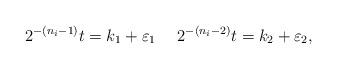
LaTeX: \begin{align*} 2^{-(n_i-1)}t=k_{1}+\varepsilon_{1} \ \ \ \ 2^{-(n_i-2)}t=k_{2}+\varepsilon_{2},\end{align*}